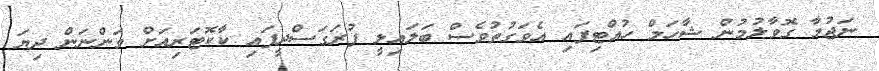
ނަޖުމާ ގޮވާލުމުން ޝާހަމް ހުއްޓިފައި އެވަގުތުވެސް ބަލައިލީ ފުރަގަސްދީފައި ކާކޮޓަރިއަށް ވަންނަން ދިޔަ